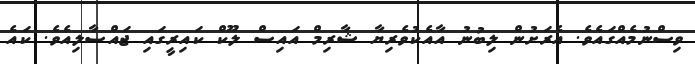
ވިސްނުމެއްގައެވެ. އެރަށުން ލިބުނު އާއެކުވެރިޔާ ޝާރިމް އައިސް ލޫކް ކައިރީގައި ޖައްސާލިއެވެ. ކައެ